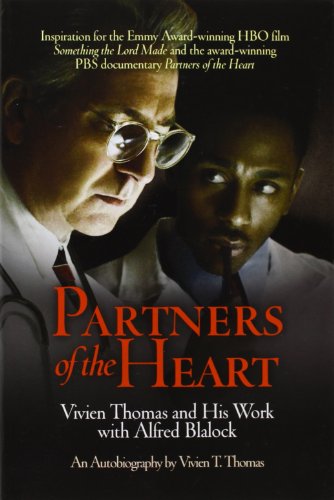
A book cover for Partners of the Heart: Vivien Thomas and His Work with Alfred Blalock: An Autobiography; Vivien T. Thomas; Medical Books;